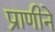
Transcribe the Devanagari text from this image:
प्राणीने